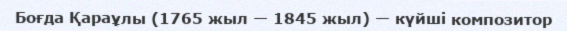
Боғда Қараұлы (1765 жыл — 1845 жыл) — күйші композитор